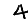
Digit: 4